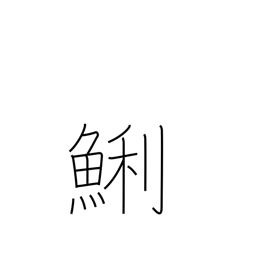
Meaning: short necked clam